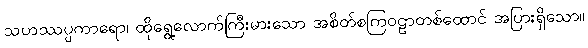
သဟဿပ္ပကာရော၊ ထိုရွေ့လောက်ကြီးမားသော အစိတ်စကြဝဠာတစ်ထောင် အပြားရှိသော။